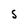
Character: 5